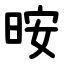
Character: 㫨